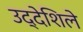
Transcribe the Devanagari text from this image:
उद्देशिले